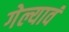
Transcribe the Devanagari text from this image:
गेल्यावं